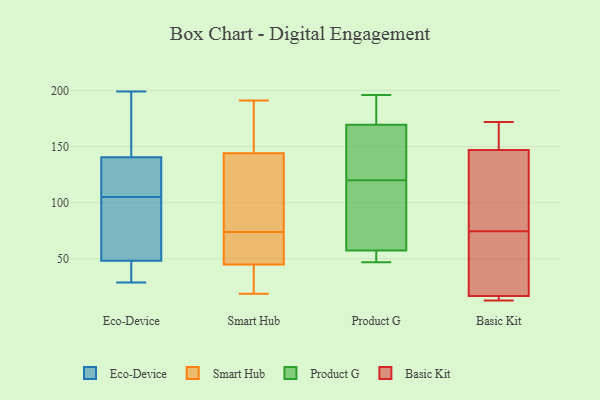
{"axis": {"x": "Gross Profit (USD K)", "y": "Value"}, "legend": ["Basic Kit", "Eco-Device", "Product G", "Smart Hub"], "data": [{"x": "", "y": 29, "type": "Eco-Device"}, {"x": "", "y": 82, "type": "Eco-Device"}, {"x": "", "y": 44, "type": "Eco-Device"}, {"x": "", "y": 143, "type": "Eco-Device"}, {"x": "", "y": 48, "type": "Eco-Device"}, {"x": "", "y": 85, "type": "Eco-Device"}, {"x": "", "y": 194, "type": "Eco-Device"}, {"x": "", "y": 112, "type": "Eco-Device"}, {"x": "", "y": 144, "type": "Eco-Device"}, {"x": "", "y": 133, "type": "Eco-Device"}, {"x": "", "y": 44, "type": "Eco-Device"}, {"x": "", "y": 105, "type": "Eco-Device"}, {"x": "", "y": 49, "type": "Eco-Device"}, {"x": "", "y": 199, "type": "Eco-Device"}, {"x": "", "y": 108, "type": "Eco-Device"}, {"x": "", "y": 111, "type": "Smart Hub"}, {"x": "", "y": 144, "type": "Smart Hub"}, {"x": "", "y": 58, "type": "Smart Hub"}, {"x": "", "y": 136, "type": "Smart Hub"}, {"x": "", "y": 184, "type": "Smart Hub"}, {"x": "", "y": 45, "type": "Smart Hub"}, {"x": "", "y": 28, "type": "Smart Hub"}, {"x": "", "y": 191, "type": "Smart Hub"}, {"x": "", "y": 19, "type": "Smart Hub"}, {"x": "", "y": 64, "type": "Smart Hub"}, {"x": "", "y": 51, "type": "Smart Hub"}, {"x": "", "y": 84, "type": "Smart Hub"}, {"x": "", "y": 21, "type": "Smart Hub"}, {"x": "", "y": 158, "type": "Smart Hub"}, {"x": "", "y": 149, "type": "Product G"}, {"x": "", "y": 47, "type": "Product G"}, {"x": "", "y": 47, "type": "Product G"}, {"x": "", "y": 157, "type": "Product G"}, {"x": "", "y": 59, "type": "Product G"}, {"x": "", "y": 178, "type": "Product G"}, {"x": "", "y": 60, "type": "Product G"}, {"x": "", "y": 182, "type": "Product G"}, {"x": "", "y": 56, "type": "Product G"}, {"x": "", "y": 196, "type": "Product G"}, {"x": "", "y": 91, "type": "Product G"}, {"x": "", "y": 161, "type": "Product G"}, {"x": "", "y": 172, "type": "Basic Kit"}, {"x": "", "y": 17, "type": "Basic Kit"}, {"x": "", "y": 17, "type": "Basic Kit"}, {"x": "", "y": 63, "type": "Basic Kit"}, {"x": "", "y": 13, "type": "Basic Kit"}, {"x": "", "y": 172, "type": "Basic Kit"}, {"x": "", "y": 17, "type": "Basic Kit"}, {"x": "", "y": 133, "type": "Basic Kit"}, {"x": "", "y": 147, "type": "Basic Kit"}, {"x": "", "y": 170, "type": "Basic Kit"}, {"x": "", "y": 86, "type": "Basic Kit"}, {"x": "", "y": 105, "type": "Basic Kit"}, {"x": "", "y": 59, "type": "Basic Kit"}, {"x": "", "y": 63, "type": "Basic Kit"}]}